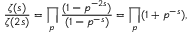
{ \frac { \zeta ( s ) } { \zeta ( 2 s ) } } = \prod _ { p } { \frac { ( 1 - p ^ { - 2 s } ) } { ( 1 - p ^ { - s } ) } } = \prod _ { p } ( 1 + p ^ { - s } ) ,